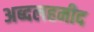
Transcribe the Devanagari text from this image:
अब्दलहमीद